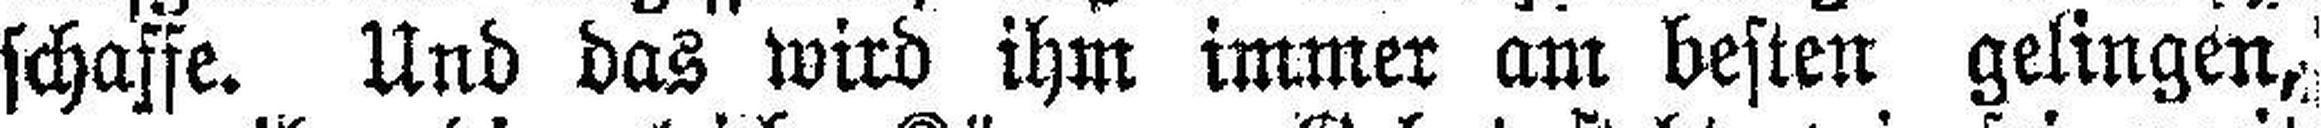
schaffe. Und das wird ihm immer am besten gelingen,